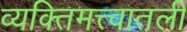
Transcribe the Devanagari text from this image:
व्यक्तिमत्त्वातली